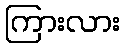
ကြားလား